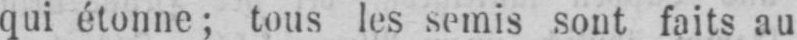
qui étonne; tous les semis sont faits au